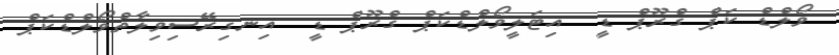
ވޯލްޑް ކަޕް ގްރޫޕް ޑީ  އިޓަލީވޯލްޑްކަޕް ގްރޫޕް ޑީ  އިނގިރޭސިވިލާތްވޯލްޑްކަޕް